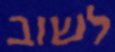
לשוב